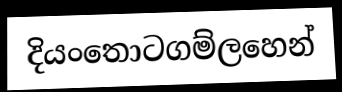
දියංතොටගම්ලහෙන්